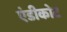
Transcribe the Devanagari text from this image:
एंडीकोट